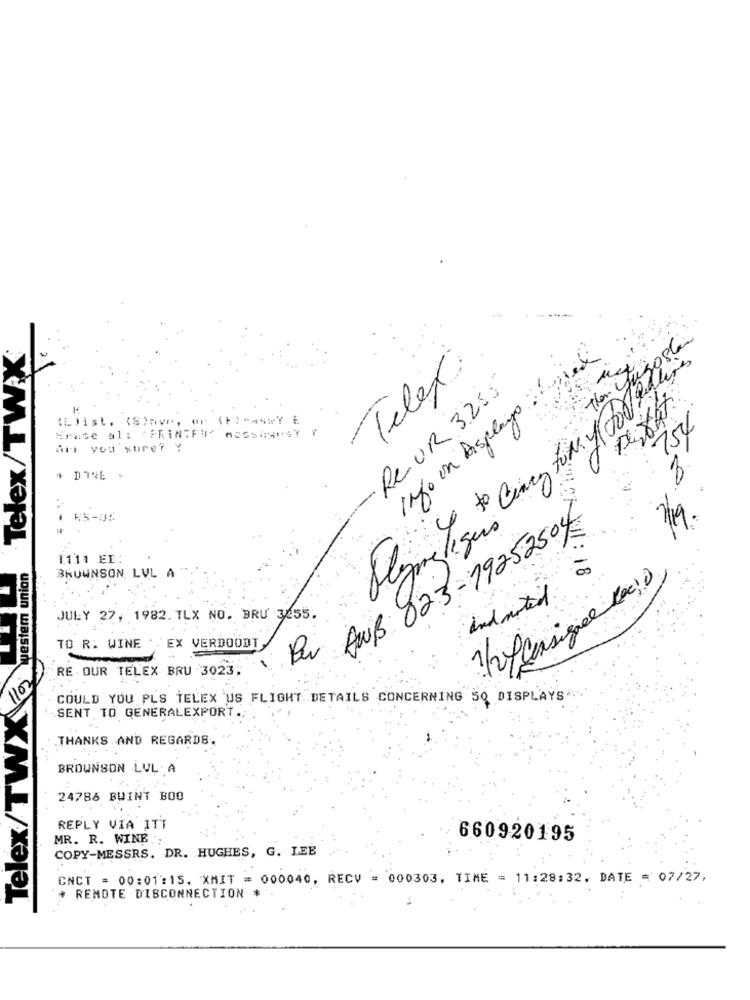
Telex/TW.X
The ugosto
Info on Asplays
Telex
4 to Cincy for o for Rallies
ReUR 3255
IL)ist. (S)ave, or
Erase al: 'PRINTFI-
754
Are you sure? Y
0
+ DIRE -
8
AWB 023-19252504
81 : 16
blzmetique
los \vestem union
1111 EI:
BRUWNSON LVL A
and noted.
JULY 27, 1982. TLX NO. BRU 3255
TO R. WINE .EX VERDOODT
Per
RE OUR TELEX BRU 3023;
1102
Telex/TWX
COULD YOU PLS TELEX US FLIGHT DETAILS CONCERNING 5Q DISPLAYS ..
SENT TO GENERALEXPORT.
THANKS AND REGARDS.
BROWNSON LUL. A
24786 BWINT BOO
REPLY VIA ITT
MR. R. WINE .
660920195
COPY-MESSRS. DR. HUGHES, G. LEE
CNCT = 00:01:15. XMIT = 000040, RECV = 000303, TIME = 11:28:32. DATE = 07/27.
+ REMOTE DISCONNECTION *